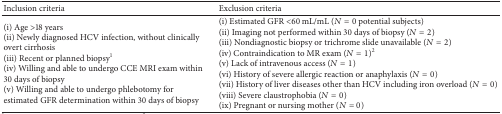
<table><thead><tr><td><b>Inclusion criteria</b></td><td><b>Exclusion criteria</b></td></tr></thead><tbody><tr><td>(i) Age &gt;18 years(ii) Newly diagnosed HCV infection, without clinically overt cirrhosis(iii) Recent or planned biopsy<sup>1</sup>(iv) Willing and able to undergo CCE MRI exam within 30 days of biopsy(v) Willing and able to undergo phlebotomy for estimated GFR determination within 30 days of biopsy</td><td>(i) Estimated GFR &lt;60 mL/mL (<i>N</i> = 0 potential subjects)(ii) Imaging not performed within 30 days of biopsy (<i>N</i> = 2)(iii) Nondiagnostic biopsy or trichrome slide unavailable (<i>N</i> = 2) (iv) Contraindication to MR exam (<i>N</i> = 1)<sup>2</sup>(v) Lack of intravenous access (<i>N</i> = 1)(vi) History of severe allergic reaction or anaphylaxis (<i>N</i> = 0)(vii) History of liver diseases other than HCV including iron overload (<i>N</i> = 0)(viii) Severe claustrophobia (<i>N</i> = 0)(ix) Pregnant or nursing mother (<i>N</i> = 0)</td></tr></tbody></table>